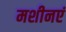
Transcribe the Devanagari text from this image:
मशीनएं